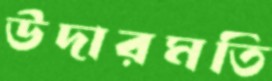
উদারমতি